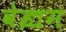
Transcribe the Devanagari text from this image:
वेज्रम